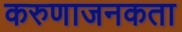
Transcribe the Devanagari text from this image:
करुणाजनकता